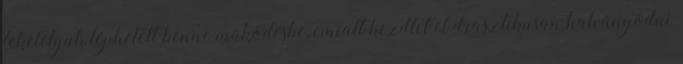
feketelyuk léphetett benne működésbe, emiatt kezdtet el drasztikusan halványodni